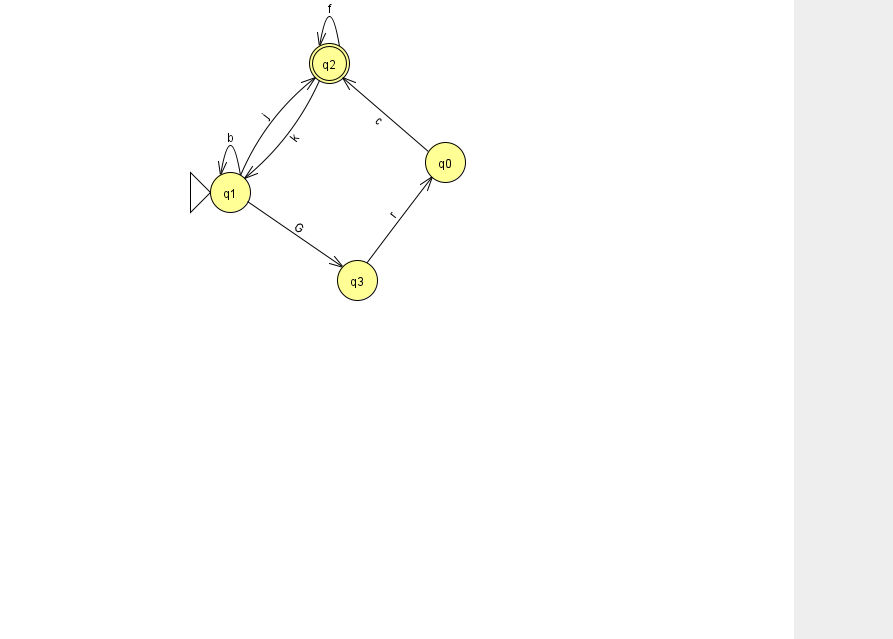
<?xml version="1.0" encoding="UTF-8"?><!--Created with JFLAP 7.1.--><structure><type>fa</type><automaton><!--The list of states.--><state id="0" name="q0"><x>445.0</x><y>149.0</y></state><state id="1" name="q1"><x>230.0</x><y>179.0</y><initial/></state><state id="2" name="q2"><x>329.0</x><y>50.0</y><final/></state><state id="3" name="q3"><x>357.0</x><y>267.0</y></state><!--The list of transitions.--><transition><from>1</from><to>1</to><read>b</read></transition><transition><from>3</from><to>0</to><read>r</read></transition><transition><from>2</from><to>2</to><read>f</read></transition><transition><from>2</from><to>1</to><read>k</read></transition><transition><from>0</from><to>2</to><read>c</read></transition><transition><from>1</from><to>2</to><read>j</read></transition><transition><from>1</from><to>3</to><read>G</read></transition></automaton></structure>